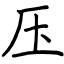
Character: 压